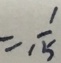
= \frac { 1 } { 1 5 }